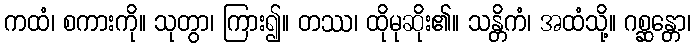
ကထံ၊ စကားကို။ သုတွာ၊ ကြား၍။ တဿ၊ ထိုမုဆိုး၏။ သန္တိကံ၊ အထံသို့။ ဂစ္ဆန္တော၊